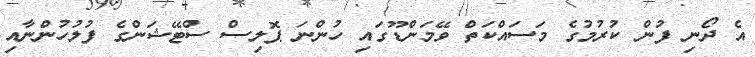
އެ ދޯނި ފުން ކުރުމުގެ މަސައްކަތް ވޭމަންޑޫގައި ހުންނަ ޕޮލިސް ސްޓޭޝަންގެ ފުލުހުންނާއި